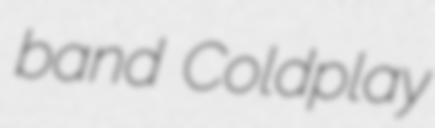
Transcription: band Coldplay